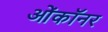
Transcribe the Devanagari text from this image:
ओंकॉनर